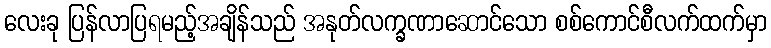
လေးခု ပြန်လာပြရမည့်အချိန်သည် အနုတ်လက္ခဏာဆောင်သော စစ်ကောင်စီလက်ထက်မှာ